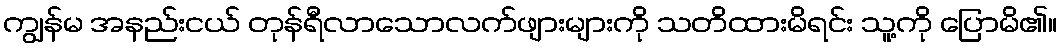
ကျွန်မ အနည်းငယ် တုန်ရီလာသောလက်ဖျားများကို သတိထားမိရင်း သူ့ကို ပြောမိ၏။